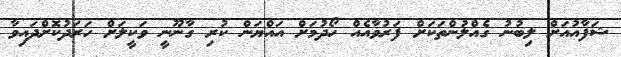
ޝަފާއުއަށް ލިބުނު ގެއްލުންތަކަށް ފަރުވާއެއް ހޯދުމަށް އައްޔަން ކުރި ގާނޫނީ ވަކީލަށް ހަރަދުކޮށްދައިވާ